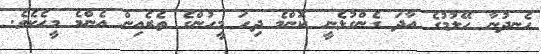
ހެނދުނާ ހޭލުމުގެ އާދަ ގެންގުޅެނީ ކޮންމެ ދިހަ މީހުންގެ ތެރެއިން އެންމެ މީހެކެވެ.